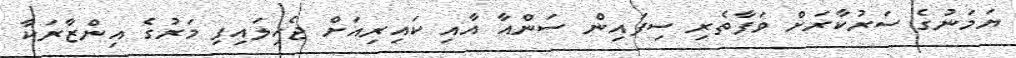
ޔަމަނުގެ ސަރުކާރަށް ވަފާތެރި ސިފައިން ސަންއާ އާއި ކައިރިއަށް ޖެހިލައިފި މަރުގެ އިންޒާރަކާ